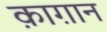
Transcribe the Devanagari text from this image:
क़ाग़ान